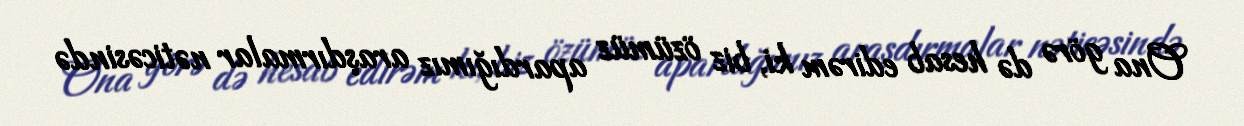
Ona görə də hesab edirəm ki, biz özümüz apardığımız araşdırmalar nəticəsində